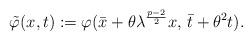
LaTeX: \begin{align*} \tilde \varphi (x,t) := \varphi(\bar x + \theta \lambda^{\frac{p-2}{2}} x, \, \bar t + \theta^2 t). \end{align*}